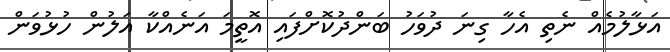
އަޅާލުމެއް ނެތި އެހާ ގިނަ ދުވަހު ބަންދުކޮށްފައި އޮތީމަ އަނެއްކާ އަލުން ހުޅުވަން